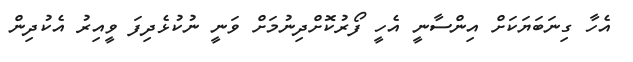
އެހާ ގިނަބަޔަކަށް އިންސާނީ އެހީ ފޯރުކޮށްދިނުމަށް ވަނީ ނުކުޅެދިފަ ވީއިރު އެކުދިން